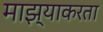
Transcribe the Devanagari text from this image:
माझ्याकरता